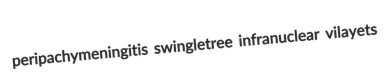
peripachymeningitis swingletree infranuclear vilayets